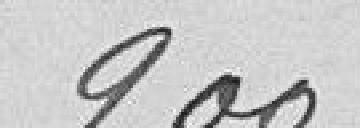
900